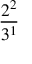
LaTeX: \frac { 2 ^ { 2 } } { 3 ^ { 1 } }